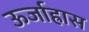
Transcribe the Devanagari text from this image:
ऊर्जाह्रास